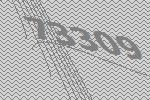
73309